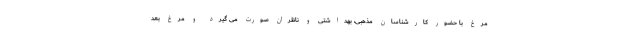
مرغ با حضور کارشناسان مذهبی، بهداشتی و ناظران صورت می گیرد و مرغ بعد